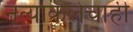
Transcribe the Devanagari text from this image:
नृत्याकलेचाही